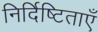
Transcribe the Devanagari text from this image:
निर्दिष्टिताएँ